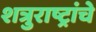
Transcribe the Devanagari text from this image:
शत्रुराष्ट्रांचे